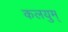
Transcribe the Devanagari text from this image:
कलयुम्